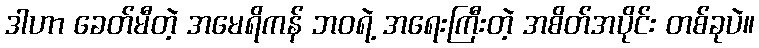
ဒါဟာ ခေတ်မီတဲ့ အမေရိကန် ဘဝရဲ့ အရေးကြီးတဲ့ အစိတ်အပိုင်း တစ်ခုပဲ။